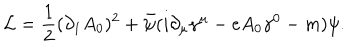
LaTeX: \mathcal { L } = \frac { 1 } { 2 } ( \partial _ { 1 } A _ { 0 } ) ^ { 2 } + \bar { \psi } ( i \partial _ { \mu } \gamma ^ { \mu } - e A _ { 0 } \gamma ^ { 0 } - m ) \psi .